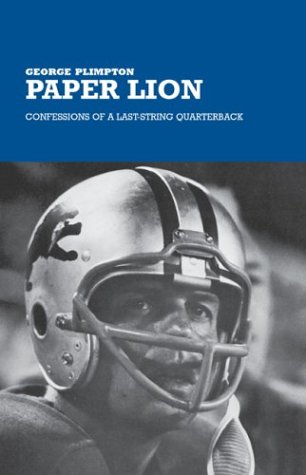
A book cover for Paper Lion: Confessions of a Last-String Quarterback; George Plimpton; Sports & Outdoors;